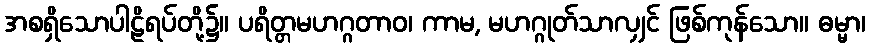
အစရှိသောပါဠိရပ်တို့၌။ ပရိတ္တမဟဂ္ဂတာဝ၊ ကာမ, မဟဂ္ဂုတ်သာလျှင် ဖြစ်ကုန်သော။ ဓမ္မာ၊